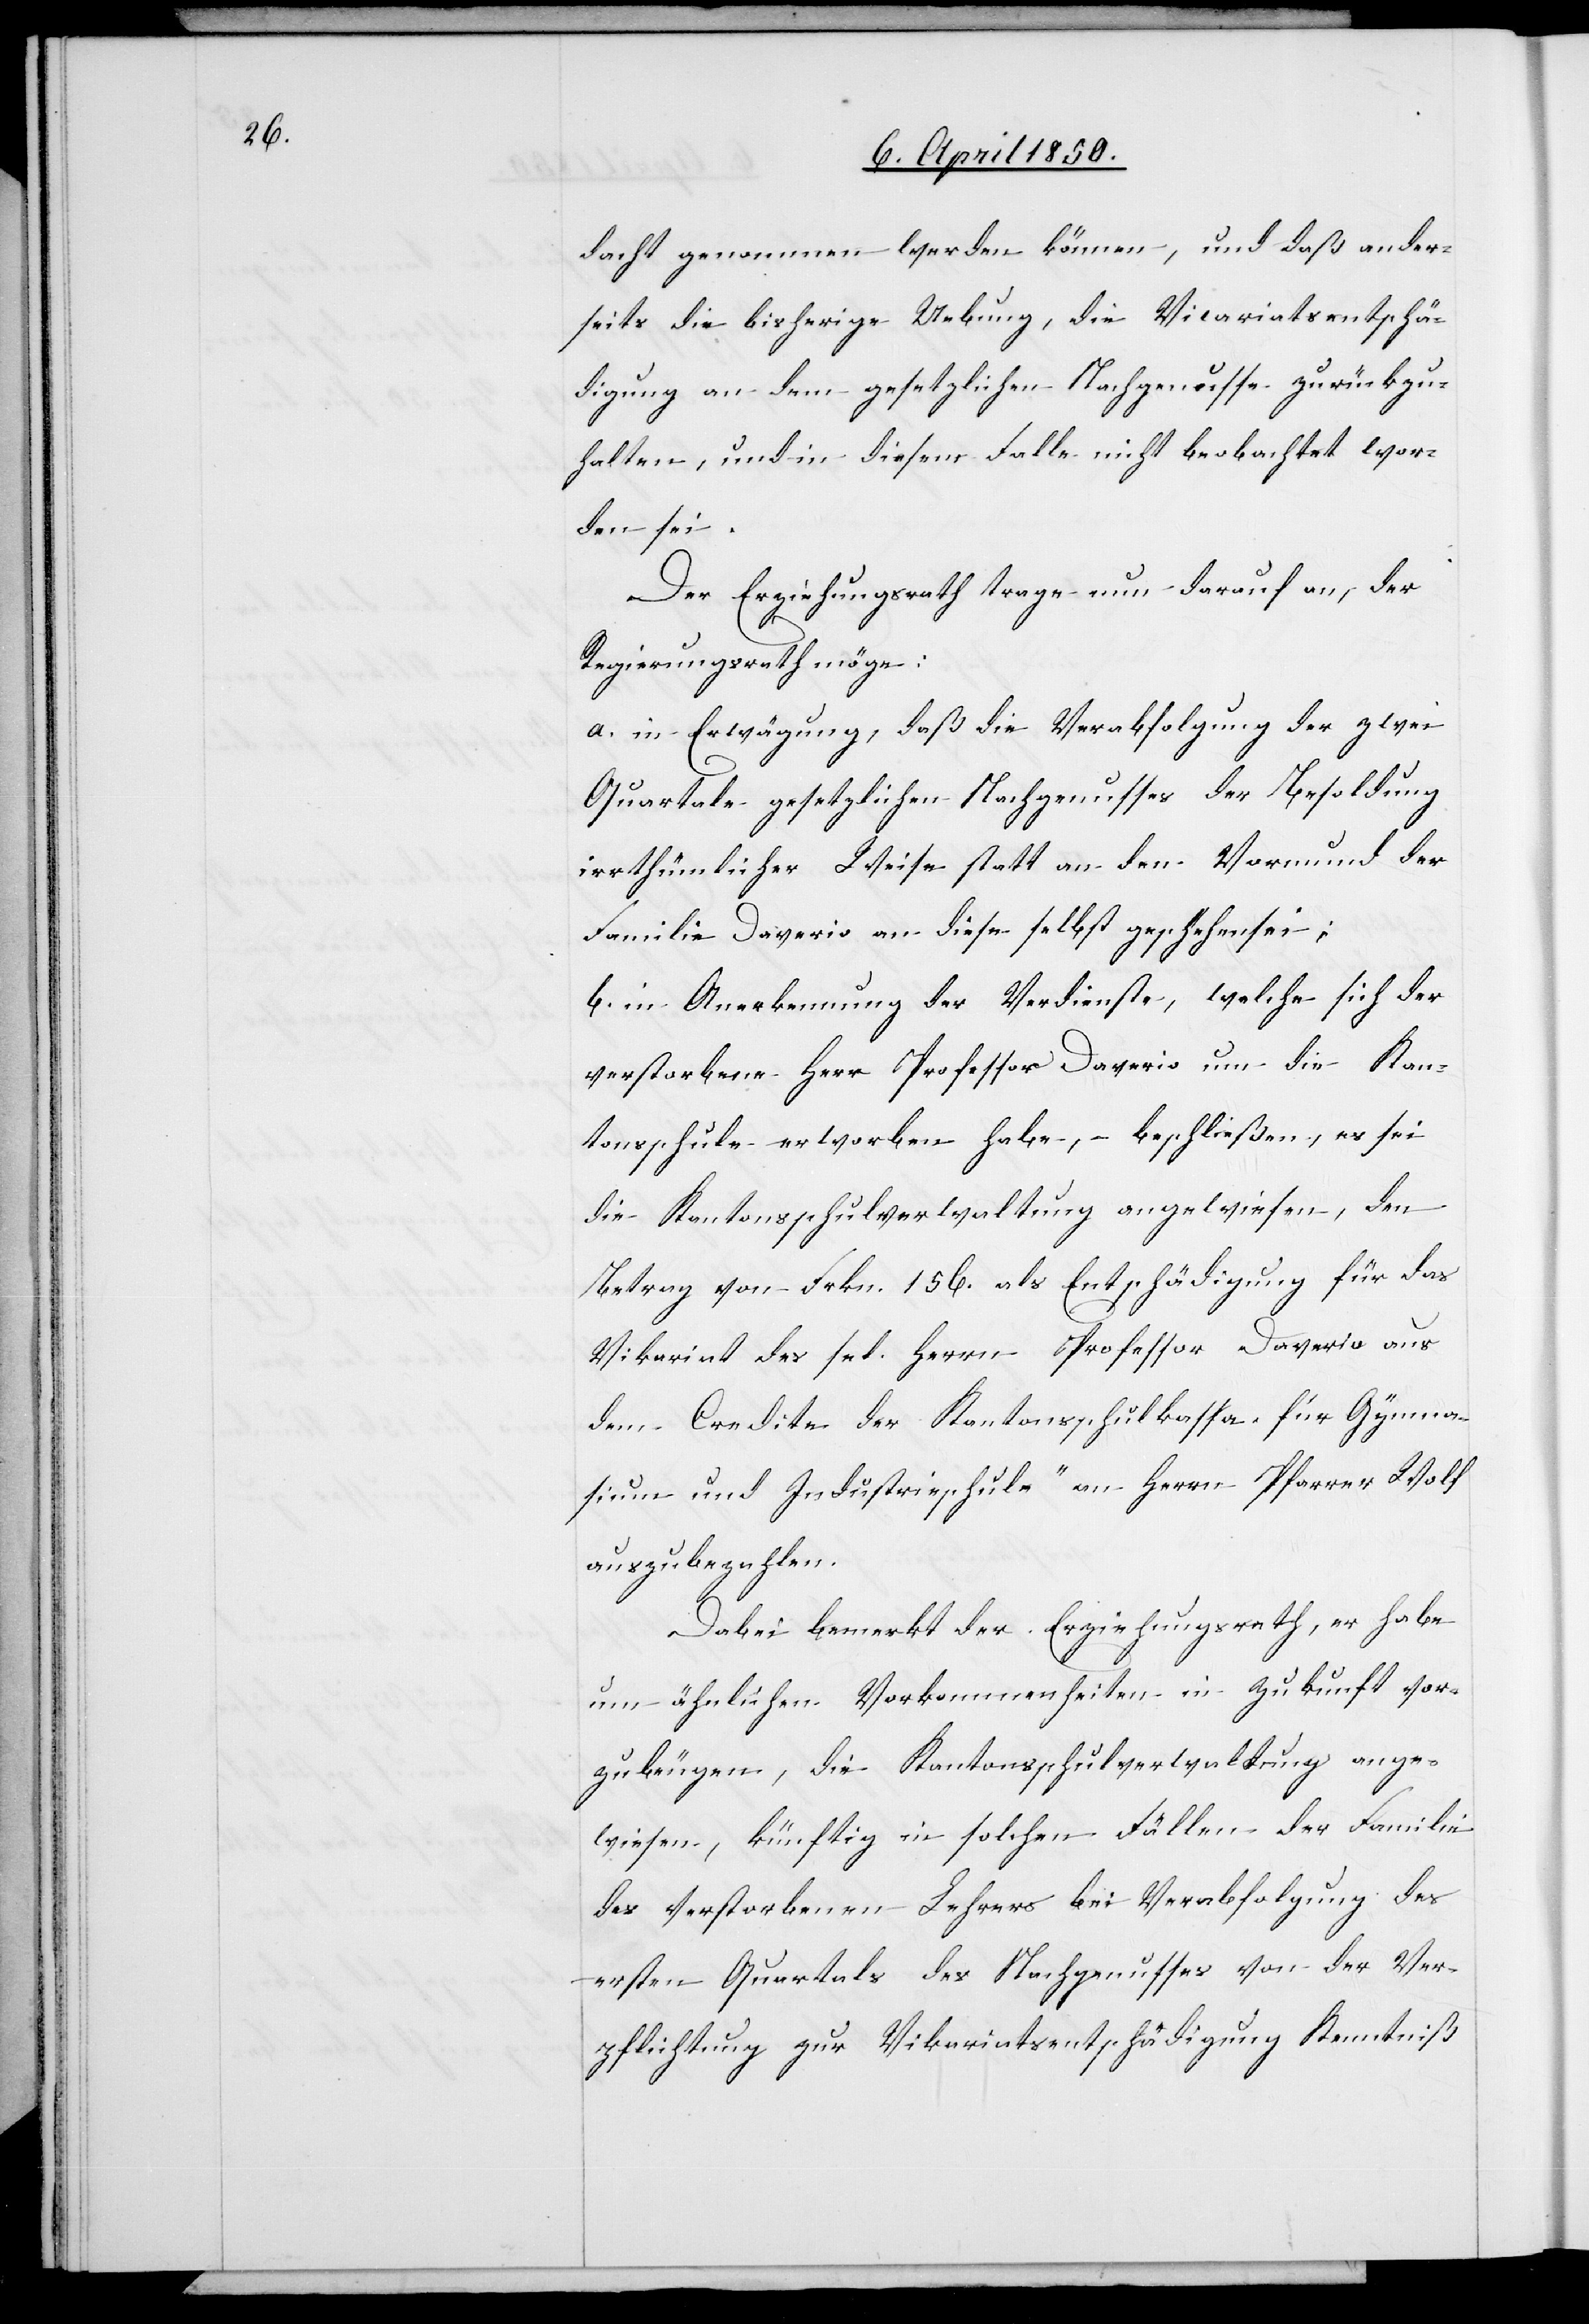
dacht genommen werden können, und daß ander¬
seits die bisherige Uebung, die Vicariatsentschä¬
digung an dem gesetzlichen Nachgenusse zurückge¬
halten, und in diesem Falle nicht beobachtet wor¬
den sei.
Der Erziehungsrath trage nun darauf an, der
Regierungsrath möge:
a. in Erwägung, daß die Verabfolgung der zwei
Quartale gesetzlichen Nachgenusses der Besoldung
irrthümlicher Weise statt an den Vormund der
Familie Davario an diese selbst geschehen sei;
b. in Anerkennung der Verdienste, welche sich der
verstorbene Herr Professor Davario um die Kan¬
tonsschule erworben habe, – beschließen, es sei
die Kantonsschulverwaltung angewiesen, den
Betrag von Frkn. 156. als Entschädigung für das
Vikariat des sel. Herrn Professor Davario aus
dem Credite der Kantonsschulkassa „für Gymna¬
sium und Industrieschule“ an Herrn Pfarrer Wolf
auszubezahlen.
Dabei bemerkt der Erziehungsrath, er habe
um ähnlichen Vorkommenheiten in Zukunft vor¬
zubeugen, die Kantonsschulverwaltung ange¬
wiesen, künftig in solchen Fällen der Familie
des verstorbenen Lehrers bei Verabfolgung des
ersten Quartals des Nachgenusses von der Ver¬
pflichtung zur Vikariatsentschädigung Kenntniß